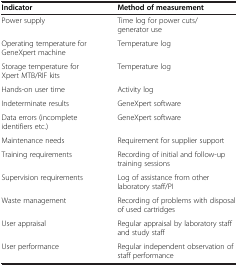
<table><thead><tr><td><b>Indicator</b></td><td><b>Method of measurement</b></td></tr></thead><tbody><tr><td>Power supply</td><td>Time log for power cuts/generator use</td></tr><tr><td>Operating temperature for GeneXpert machine</td><td>Temperature log</td></tr><tr><td>Storage temperature for Xpert MTB/RIF kits</td><td>Temperature log</td></tr><tr><td>Hands-on user time</td><td>Activity log</td></tr><tr><td>Indeterminate results</td><td>GeneXpert software</td></tr><tr><td>Data errors (incomplete identifiers etc.)</td><td>GeneXpert software</td></tr><tr><td>Maintenance needs</td><td>Requirement for supplier support</td></tr><tr><td>Training requirements</td><td>Recording of initial and follow-up training sessions</td></tr><tr><td>Supervision requirements</td><td>Log of assistance from other laboratory staff/PI</td></tr><tr><td>Waste management</td><td>Recording of problems with disposal of used cartridges</td></tr><tr><td>User appraisal</td><td>Regular appraisal by laboratory staff and study staff</td></tr><tr><td>User performance</td><td>Regular independent observation of staff performance</td></tr></tbody></table>